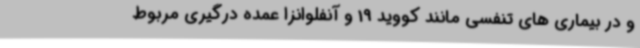
و در بیماری های تنفسی مانند کووید 19 و آنفلوانزا عمده درگیری مربوط